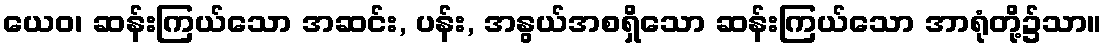
ယေဝ၊ ဆန်းကြယ်သော အဆင်း, ပန်း, အနွယ်အစရှိသော ဆန်းကြယ်သော အာရုံတို့၌သာ။